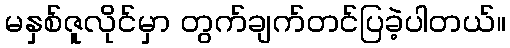
မနှစ်ဇူလိုင်မှာ တွက်ချက်တင်ပြခဲ့ပါတယ်။